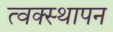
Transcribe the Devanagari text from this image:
त्वक्स्थापन